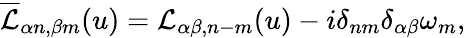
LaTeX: \overline{{\mathcal{L}}}_{\alpha n,\beta m}(u)=\mathcal{L}_{\alpha\beta,n-m}(u)-i\delta_{nm}\delta_{\alpha\beta}\omega_{m},